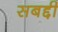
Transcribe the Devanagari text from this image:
सबद्दी